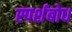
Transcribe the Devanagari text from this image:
स्पर्शबोध